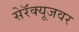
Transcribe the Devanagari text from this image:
सेरॅक्यूजवर